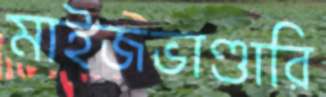
মাইজভাণ্ডারি